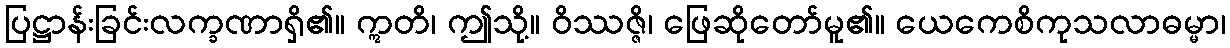
ပြဋ္ဌာန်းခြင်းလက္ခဏာရှိ၏။ ဣတိ၊ ဤသို့။ ဝိဿဇ္ဇိ၊ ဖြေဆိုတော်မူ၏။ ယေကေစိကုသလာဓမ္မာ၊